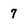
Character: 7